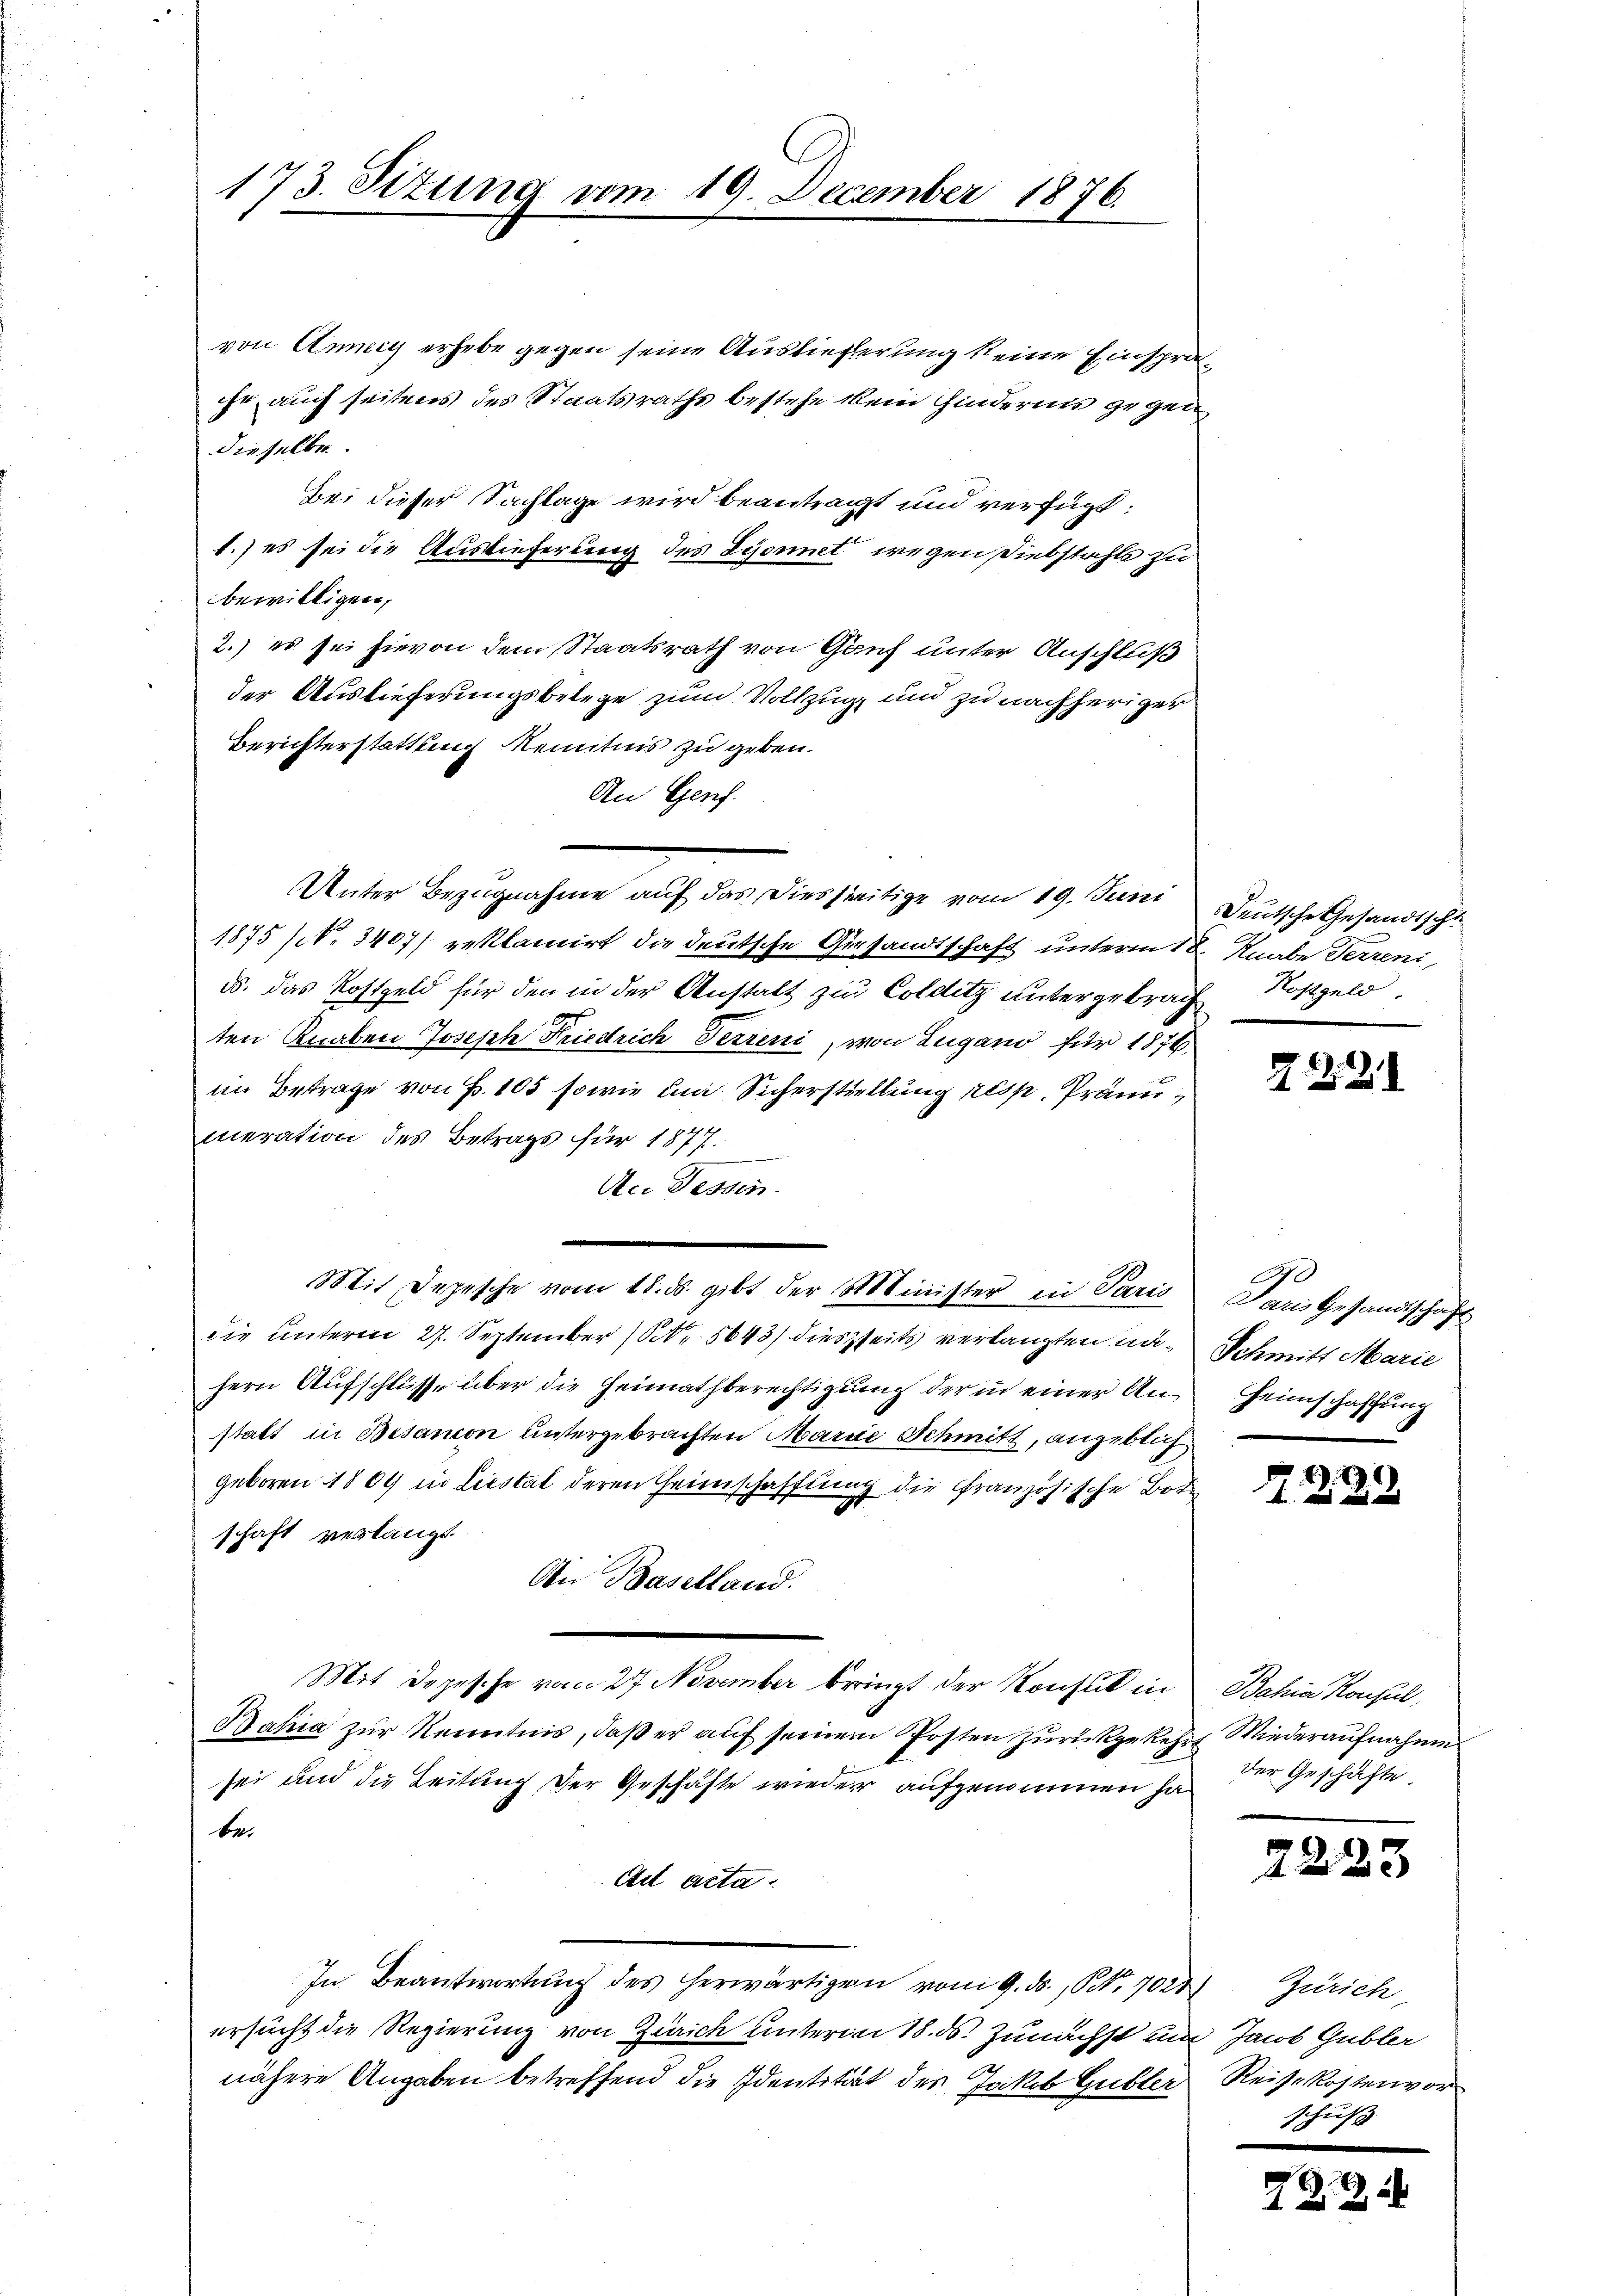
173. Sizung vom 19. December 1876.

von Anny erhebe gegen seine Auslieferung keine Einspräihr auch seiteres des Staatsraths bestehe kein Hindernis gegen
dieselbe.
Bei dieser Nachlage wird beantragt und verfügt:
1.) es sei die Auslieferung des Lyonet wegen Diebstahle zu
bewilligen,
2.) es sei hievon dem Staatsrath von Genf unter Anschluß
der Auslieferungsbelege zum Vollzug und zu nachheriger
Berichterstattung Kenntnis zu geben.
An Genf.
Unter Bezugnahme auf das Diesseitige vom 19. Juni
1875 (N. 3407) reklamirt die deutsche Gesandtschaft unterm 18. Knabe Ferreni,
ds. das Kostgeld für den in der Anstalt zu Colditz untergebrach Rostgeld
ten Knaben Joseph Friedrich Verreni, von Lugano für 1876.
im Betrage von Fr. 105 sowie in Sicherstellung resp. Prämimeration des Betrags für 1877.
An Dessen.
Mit Depesche vom 18. ds. gibt der Minister in Paris
die unterm 27. September (S. 5643) diesseits verlangten nä¬ Schmitt Marie
hern Aufschlüsse über die Heimathberechtigung der in einer Anstatt in Besanion untergebrachten Marie Schmitt, angeblich
geboren 1809 in Liestat deren Heimschaffung die Französische Botschaft verlangt.
An Baselland.
Mit Depesche vom 27. November bringt der Konsul in
Bahia zur Kenntnis, daß er auf seinem Posten zurückgekehrt Wiederaufnahme
sei und die Leitung der Geschäfte wieder aufgenommen ha
be.
Ad acta.
In Beantwortung des herwärtigen vom 9. ds., NNo. 7024 Zürich
ersucht die Regierung von Zürich unterm 18. ds. Zunächst und Jacob Gubler
nähere Angaben betreffend die Identität des Jakob Gubler

Deutsche Gesandtschl

2
Paris Gesandtschaft
Heimschaffung

2

Bahia Konsul,
der Geschäfte.

2.

722

2

Reisekostenvor
schuß

23